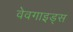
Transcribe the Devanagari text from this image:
वेवगाइड्स